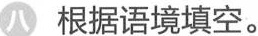
八根据语境填空。